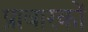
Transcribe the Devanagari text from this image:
प्रावारकों